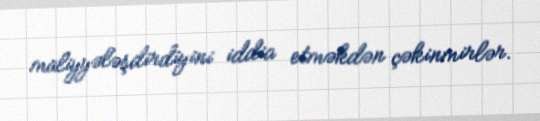
maliyyələşdirdiyini iddia etməkdən çəkinmirlər.